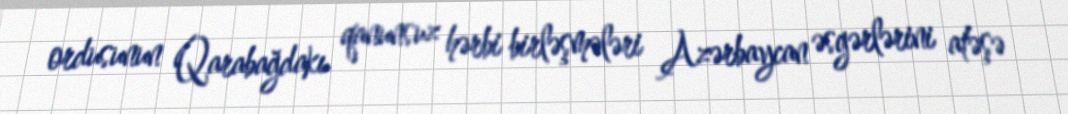
ordusunun Qarabağdakı qanunsuz hərbi birləşmələri Azərbaycan əsgərlərini atəşə